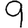
Digit: 9